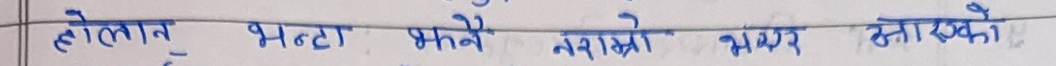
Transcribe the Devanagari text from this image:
होलात् भन्टा भन्नै नराम्रो भएन तारखे